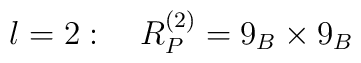
l=2:\quad R_P^{(2)}=9_B\times 9_B